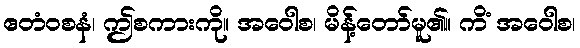
ဧတံဝစနံ၊ ဤစကားကို။ အဝေါစ၊ မိန့်တော်မူ၏။ ကိံ အဝေါစ၊